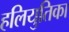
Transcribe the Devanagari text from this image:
हलियुतिका